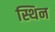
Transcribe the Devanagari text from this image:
स्थिन